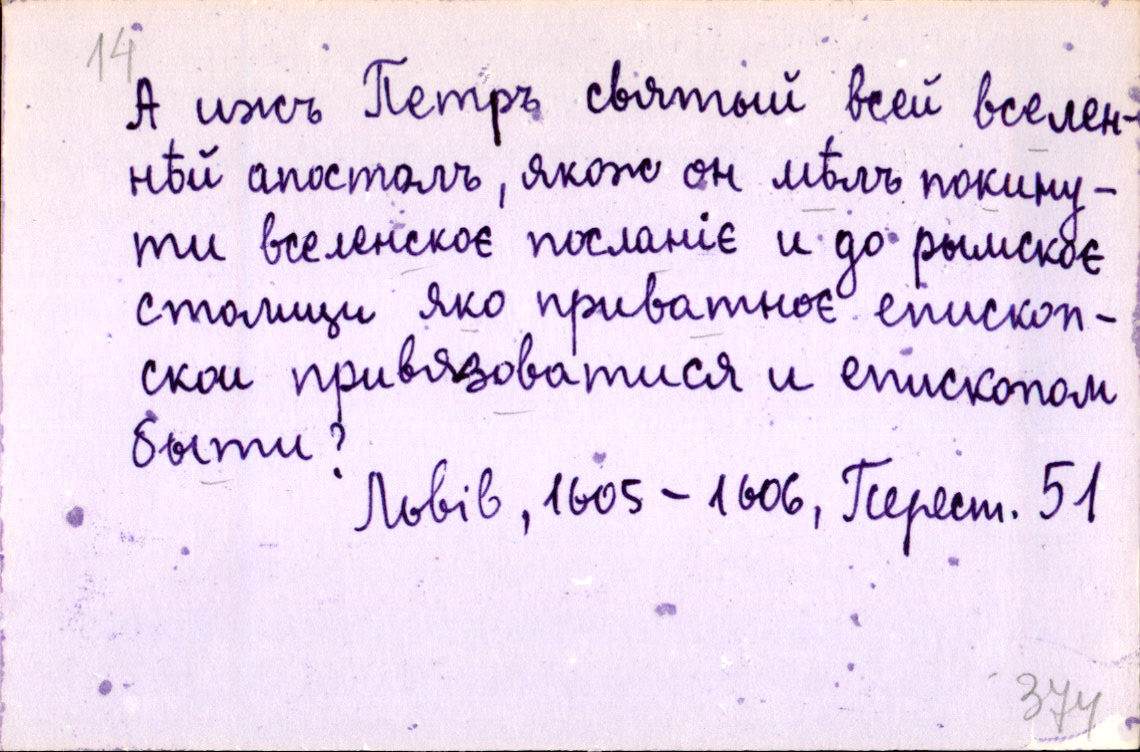
А ижъ Петръ святый всей вселен-
нѣй апостолъ, якожъ он мѣлъ покину-
ти вселенскоє посланіє и до рымскоє
столици яко приватноє епископ-
скои привязоватися и епископом
быти?
Львів, 1605-1606, Перест. 51